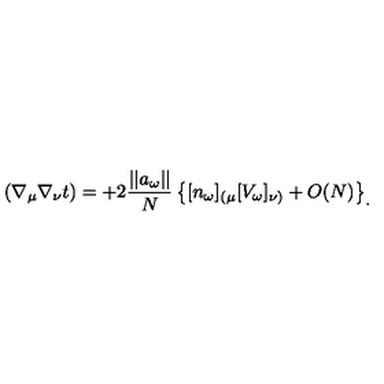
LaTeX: ( \nabla _ { \mu } \nabla _ { \nu } t ) = + 2 { \frac { | | a _ { \omega } | | } { N } } \left\{ [ n _ { \omega } ] _ { ( \mu } [ V _ { \omega } ] _ { \nu ) } + O ( N ) \right\} _ { . }